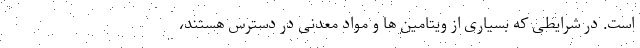
است. در شرایطی که بسیاری از ویتامین ها و مواد معدنی در دسترس هستند،